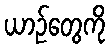
ယာဉ်တွေကို